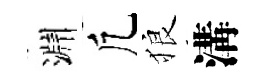
淵凢狼溝